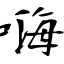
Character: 嗨